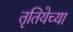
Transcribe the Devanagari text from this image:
तृतियेच्या